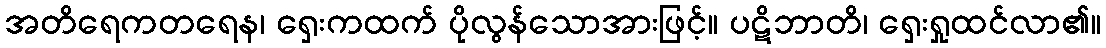
အတိရေကတရေန၊ ရှေးကထက် ပိုလွန်သောအားဖြင့်။ ပဋိဘာတိ၊ ရှေးရှုထင်လာ၏။